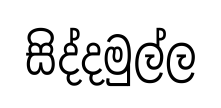
සිද්දමුල්ල